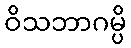
ဝိသဘာဂမ္ပိ